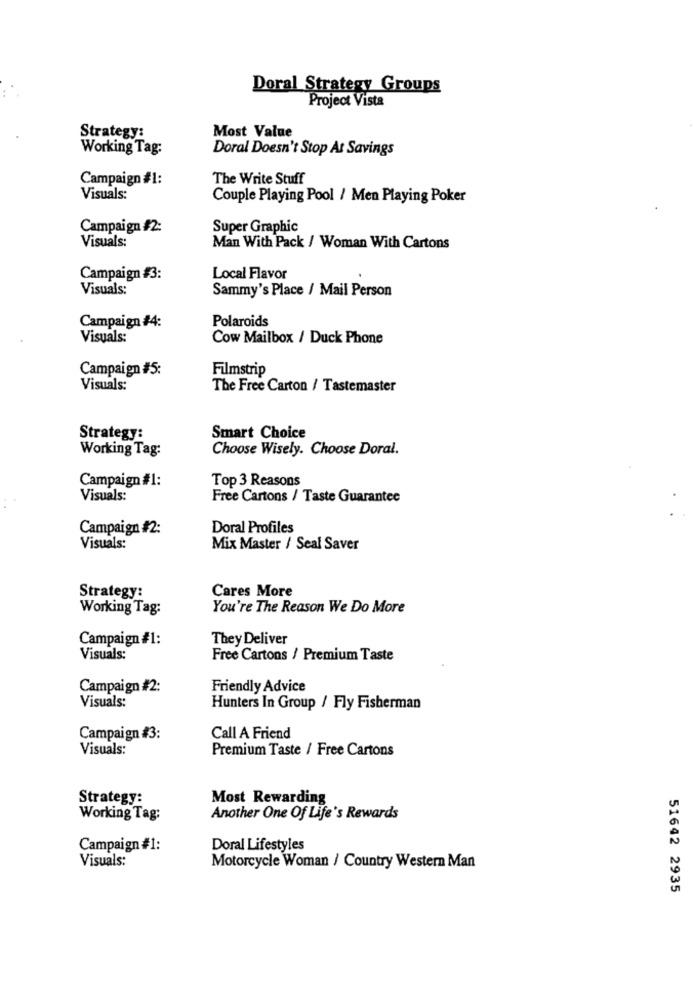
Doral Strategy Groups
Project Vista
Most Value
Strategy:
Working Tag:
Doral Doesn't Stop At Savings
Campaign #1:
The Write Stuff
Visuals:
Couple Playing Pool / Men Playing Poker
Campaign #2:
Super Graphic
Visuals:
Man With Pack / Woman With Cartons
Campaign #3:
Local Flavor
Visuals:
Sammy's Place / Mail Person
Campaign #4:
Polaroids
Visuals:
Cow Mailbox / Duck Phone
Campaign #5:
Filmstrip
Visuals:
The Free Carton / Tastemaster
Strategy:
Smart Choice
Working Tag:
Choose Wisely. Choose Doral.
Campaign #1:
Top 3 Reasons
Visuals:
Free Cartons / Taste Guarantee
Campaign #2:
Doral Profiles
Visuals:
Mix Master / Seal Saver
Cares More
Strategy:
Working Tag:
You're The Reason We Do More
Campaign #1:
They Deliver
Visuals:
Free Cartons / Premium Taste
Campaign #2:
Friendly Advice
Visuals:
Hunters In Group / Fly Fisherman
Campaign #3:
Call A Friend
Visuals:
Premium Taste / Free Cartons
Strategy:
Most Rewarding
Working Tag:
Another One Of Life's Rewards
Campaign #1:
Doral Lifestyles
Visuals:
Motorcycle Woman / Country Western Man
51642 2935